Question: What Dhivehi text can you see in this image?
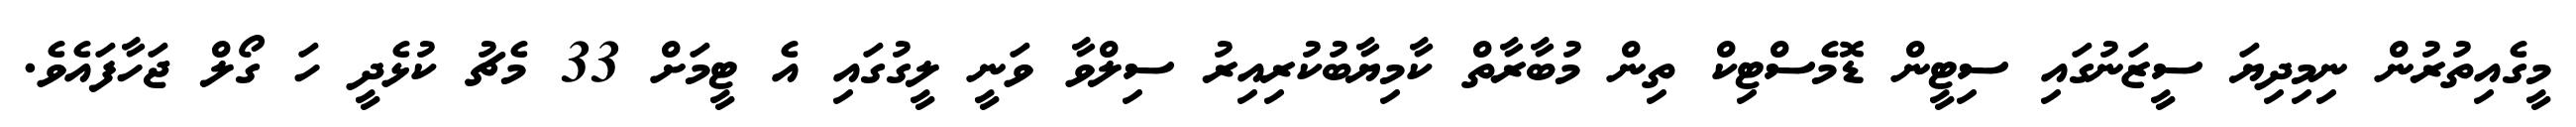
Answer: މީގެއިތުރުން ނިމިދިޔަ ސީޒަނުގައި ސިޓީން ޑޮމެސްޓިކް ތިން މުބާރާތް ކާމިޔާބުކުރިއިރު ސިލްވާ ވަނީ ލީގުގައި އެ ޓީމަށް 33 މެޗު ކުޅެދީ ހަ ގޯލް ޖަހާފައެވެ.